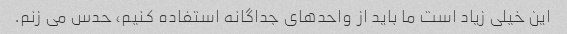
این خیلی زیاد است ما باید از واحدهای جداگانه استفاده کنیم، حدس می زنم.